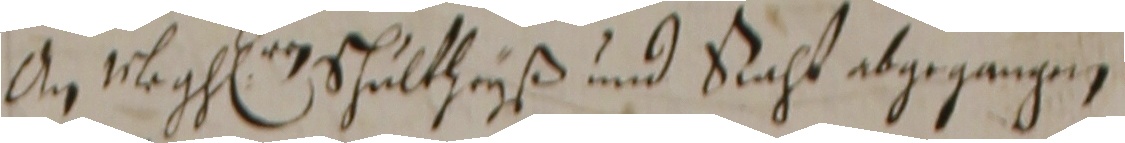
Dn 1leghen schultheyiß und racht abgegangen.